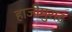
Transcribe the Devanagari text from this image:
हाजीमुराद